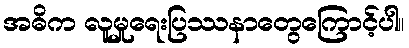
အဓိက လူမှုရေးပြဿနာတွေကြောင့်ပါ။